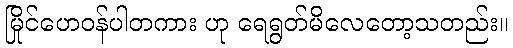
မြိုင်ဟေဝန်ပါတကား ဟု ရေရွတ်မိလေတော့သတည်း။